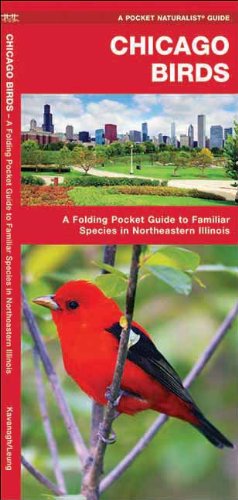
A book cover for Chicago Birds: A Folding Pocket Guide to Familiar Species in Northeastern Illinois (Pocket Naturalist Guide Series); James Kavanagh; Travel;